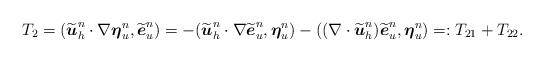
LaTeX: \begin{align*}T_2 &= (\widetilde{\boldsymbol{u}}_h^n \cdot \nabla \boldsymbol{\eta}_u^n, \widetilde{\boldsymbol{e}}_u^n)= - (\widetilde{\boldsymbol{u}}_h^n \cdot \nabla \widetilde{\boldsymbol{e}}_u^n, \boldsymbol{\eta}_u^n) - ((\nabla \cdot \widetilde{\boldsymbol{u}}_h^n)\widetilde{\boldsymbol{e}}_u^n, \boldsymbol{\eta}_u^n) =: T_{21}+T_{22}.\end{align*}